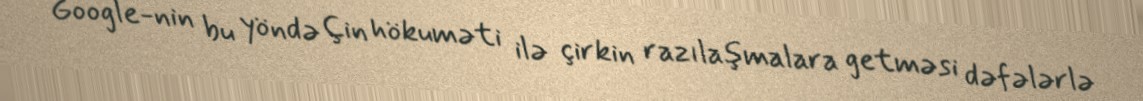
Google-nin bu yöndə Çin hökuməti ilə çirkin razılaşmalara getməsi dəfələrlə